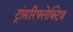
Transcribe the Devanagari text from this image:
ट्रांसरिफ्लेक्टिव